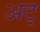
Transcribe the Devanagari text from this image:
अट्